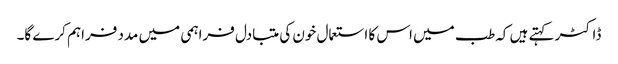
ڈاکٹر کہتے ہیں کہ طب میں اس کا استعمال خون کی متبادل فراہمی میں مدد فراہم کرے گا۔